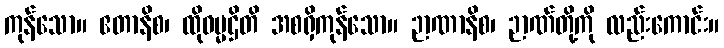
ကုန်သော။ ဧတာနိစ၊ ထိုဓမ္မဌိတိ အစရှိကုန်သော။ ဉာဏာနိစ၊ ဉာဏ်တို့ကို လည်းကောင်း။